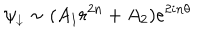
\psi _ { \downarrow } \sim ( A _ { 1 } r ^ { 2 n } + A _ { 2 } ) e ^ { 2 i n \theta }